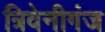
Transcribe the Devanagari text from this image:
त्रिवेनीगंज